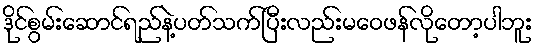
ဒိုင်စွမ်းဆောင်ရည်နဲ့ပတ်သက်ပြီးလည်းမဝေဖန်လိုတော့ပါဘူး